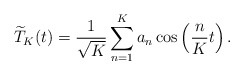
\begin{align*} \widetilde T_K(t)=\frac{1}{\sqrt{K}}\sum^K_{n=1}a_n\cos\left(\frac{n}{K}t\right). \end{align*}